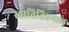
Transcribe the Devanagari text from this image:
स्वातितिरुनाल्